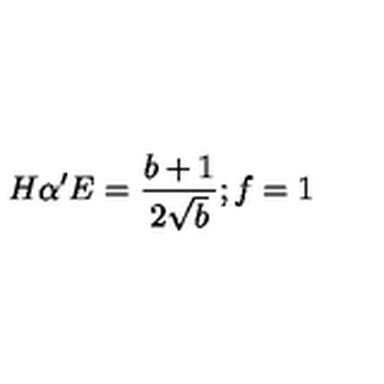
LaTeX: H \alpha ^ { \prime } E = \frac { b + 1 } { 2 \sqrt { b } } ; f = 1